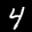
Label: 4